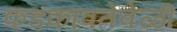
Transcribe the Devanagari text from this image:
फडकावतेवेळी